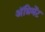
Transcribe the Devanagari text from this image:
अॅग्रिमेंट